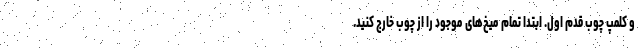
و کلمپ چوب قدم اول. ابتدا تمام میخ‌های موجود را از چوب خارج کنید.